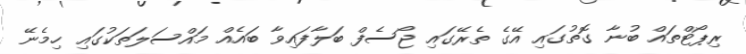
ރިޕޯޓްތައް ބުނާ ގޮތުގައި އޭގެ ތެރޭގައި ޖޯސެފް ބަލާފައިވާ ބައެއް މައްސަލަތަކުގައި ހިމެނޭ